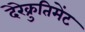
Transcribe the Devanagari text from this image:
देरेक्रुतिमेंट